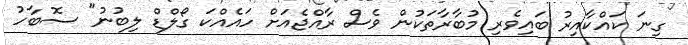
ގިނަ ކައްކާއިރު ބައިވެރި މުބާރާތަކުން ވެސް ރާއްޖެއަށް ހައެއްކަ ގޯލްޑް ލިބުނު" ސޮބާހު